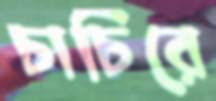
চাচিরে